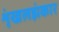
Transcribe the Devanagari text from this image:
शृंखलझंकार